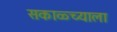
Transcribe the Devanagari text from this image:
सकाळ्च्याला